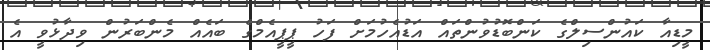
މީޑިއާ ކައުންސިލްގެ ކަންބޮޑުވުންތައް އަޑުއެހުމަށް ފަހު ޕީޕީއެމްގެ ބައެއް މެންބަރުން ވިދާޅުވީ އެ